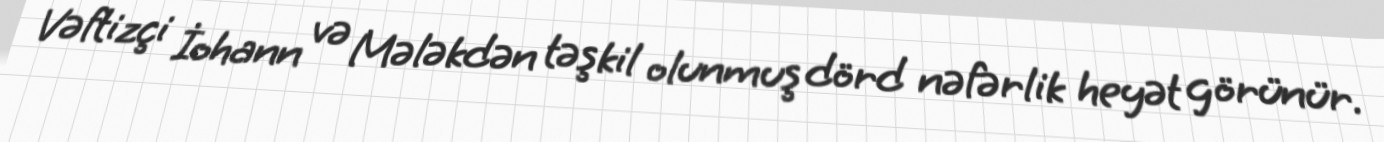
Vəftizçi İohann və Mələkdən təşkil olunmuş dörd nəfərlik heyət görünür.